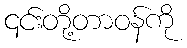
၎င်းတို့တာဝန်ကို